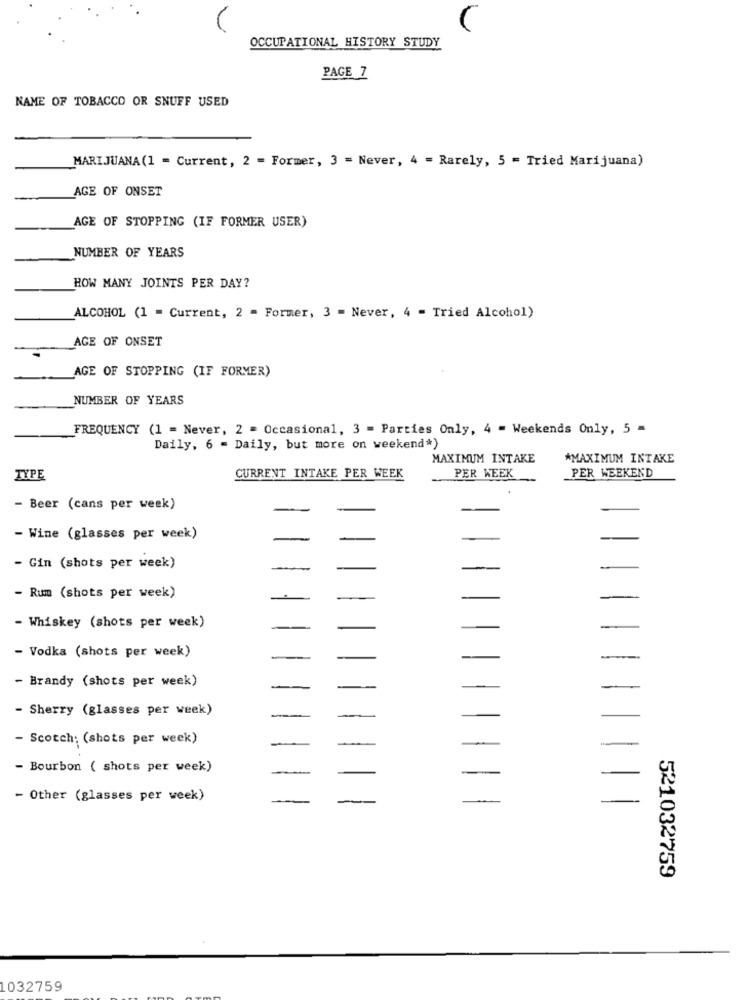
V
OCCUPATIONAL HISTORY STUDY
PAGE 7
NAME OF TOBACCO OR SNUFF USED
MARIJUANA(1 = Current, 2 = Former, 3 = Never, 4 = Rarely, 5 = Tried Marijuana)
AGE OF ONSET
AGE OF STOPPING (IF FORMER USER)
NUMBER OF YEARS
HOW MANY JOINTS PER DAY?
ALCOHOL (1 - Current, 2 - Former, 3 - Never, 4 = Tried Alcohol)
AGE OF ONSET
AGE OF STOPPING (IF FORMER)
NUMBER OF YEARS
FREQUENCY (1 = Never, 2 = Occasional, 3 = Parties Only, 4 = Weekends Only, 5 -
Daily, 6 - Daily, but more on weekend*)
MAXIMUM INTAKE
*MAXIMUM INTAKE
TYPE
CURRENT INTAKE PER WEEK
PER WEEK
PER WEEKEND
- Beer (cans per week)
- Wine (glasses per week)
- Gin (shots per week)
- Rum (shots per week)
- Whiskey (shots per week)
- Vodka (shots per week)
- Brandy (shots per week)
- Sherry (glasses per week)
- Scotch: (shots per week)
- Bourbon ( shots per week)
- Other (glasses per week)
521032759
1032759